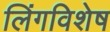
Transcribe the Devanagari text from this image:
लिंगविशेष